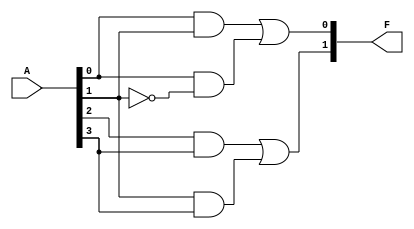
module PLA (
    input wire [N-1:0] A,    // Input lines (A1, A2, ..., An)
    output wire [M-1:0] F    // Output lines (F1, F2, ..., Fm)
);

// Parameter Definitions
parameter N = 4; // Number of inputs
parameter M = 2; // Number of outputs
parameter P = 4; // Number of AND gates (product terms)

// Internal signals for AND gate outputs
wire [P-1:0] and_output;

// AND Plane: Define the connections of inputs to AND gates
// Example connections (you can change these based on your requirements)
assign and_output[0] = A[0] & A[1];       // Product term 1
assign and_output[1] = A[0] & ~A[1];      // Product term 2
assign and_output[2] = A[2] & A[3];       // Product term 3
assign and_output[3] = A[1] & A[3];       // Product term 4

// OR Plane: Define the connections of AND gate outputs to OR gates
// Example connections for two outputs (F1 and F2)
assign F[0] = and_output[0] | and_output[1]; // Output F1
assign F[1] = and_output[2] | and_output[3]; // Output F2

endmodule